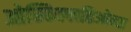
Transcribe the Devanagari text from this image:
ओस्किल्लतिओन्स